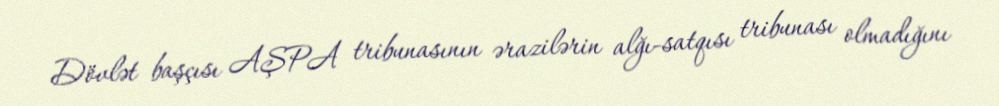
Dövlət başçısı AŞPA tribunasının ərazilərin alğı-satqısı tribunası olmadığını